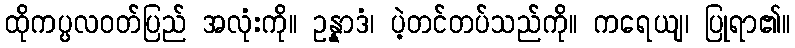
ထိုကပ္ပလဝတ်ပြည် အလုံးကို။ ဥန္နာဒံ၊ ပဲ့တင်တပ်သည်ကို။ ကရေယျ၊ ပြုရာ၏။